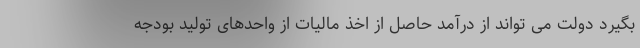
بگیرد دولت می تواند از درآمد حاصل از اخذ مالیات از واحدهای تولید بودجه